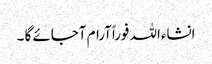
انشاءاللہ فوراًآرام آجائے گا ۔